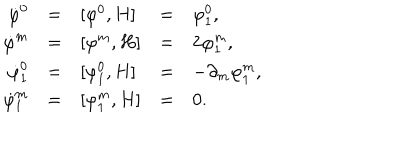
\begin{array} { r c l c l } { { \dot { \varphi } ^ { 0 } } } & { { = } } & { { [ \varphi ^ { 0 } , H ] } } & { { = } } & { { \varphi _ { 1 } ^ { 0 } , } } \\ { { \dot { \varphi } ^ { m } } } & { { = } } & { { [ \varphi ^ { m } , H ] } } & { { = } } & { { 2 \varphi _ { 1 } ^ { m } , } } \\ { { \dot { \varphi } _ { 1 } ^ { 0 } } } & { { = } } & { { [ \varphi _ { 1 } ^ { 0 } , H ] } } & { { = } } & { { - \partial _ { m } \varphi _ { 1 } ^ { m } , } } \\ { { \dot { \varphi } _ { 1 } ^ { m } } } & { { = } } & { { [ \varphi _ { 1 } ^ { m } , H ] } } & { { = } } & { { 0 . } } \\ \end{array}